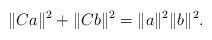
LaTeX: \begin{align*}\|Ca\|^2+\|Cb\|^2=\|a\|^2\|b\|^2.\end{align*}